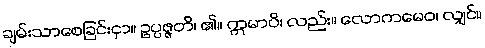
ချမ်းသာစေခြင်းငှာ။ ဥပ္ပဇ္ဇတိ၊ ၏။ ဣမာပိ၊ လည်း။ လောကမေဝ၊ လျှင်။